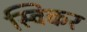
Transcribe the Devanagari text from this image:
स्विकर